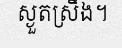
ស្ងួតស្រឹង។